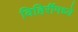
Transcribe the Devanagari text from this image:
विहिरींमध्ये